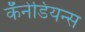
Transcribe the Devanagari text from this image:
कॅनेडियन्स